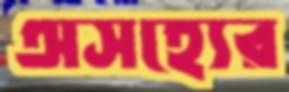
অসহ্যের